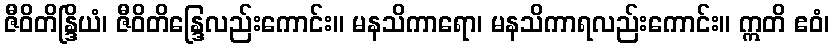
ဇီဝိတိန္ဒြိယံ၊ ဇီဝိတိန္ဒြေလည်းကောင်း။ မနသိကာရော၊ မနသိကာရလည်းကောင်း။ ဣတိ ဧဝံ၊